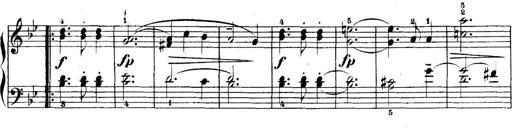
Title: 5 Sonatinas
Composer: Theodor Kirchner